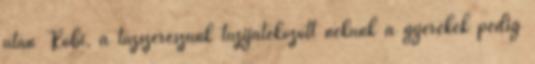
után Robi, a tűzszerészünk tűzijátékozott nekünk a gyerekek pedig